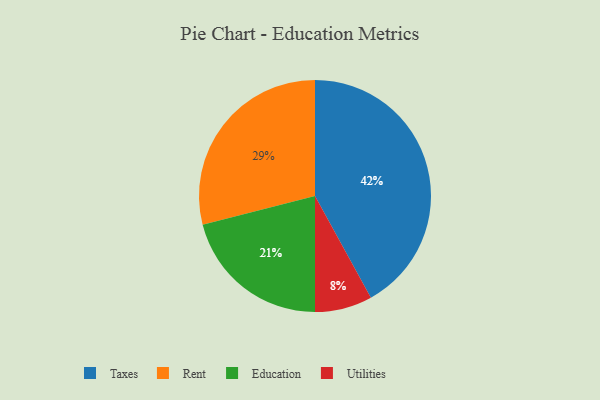
{"axis": {"x": "Category", "y": "Percentage"}, "legend": ["Education", "Rent", "Taxes", "Utilities"], "data": [{"x": "Rent", "y": 29, "type": "Rent"}, {"x": "Utilities", "y": 8, "type": "Utilities"}, {"x": "Education", "y": 21, "type": "Education"}, {"x": "Taxes", "y": 42, "type": "Taxes"}]}